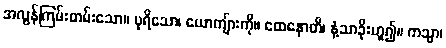
အလွန်ကြမ်းတမ်းသော။ ပုရိသော၊ ယောကျ်ားကို။ ထေနောတိ၊ နံ့သာခိုးဟူ၍။ ကသ္မာ၊